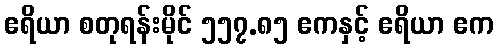
ဧရိယာ စတုရန်းမိုင် ၅၅၇.၈၅ ဧကနှင့် ဧရိယာ ဧက